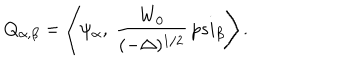
Q _ { \alpha , \beta } = \left< \psi _ { \alpha } , \ { \frac { W _ { 0 } } { ( - \Delta ) ^ { 1 / 2 } } } \, p s i _ { \beta } \right> .